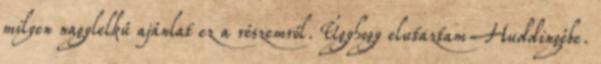
milyen nagylelkű ajánlat ez a részemről. Úgyhogy elutaztam Huddingébe.